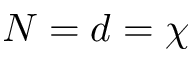
N = d = \chi